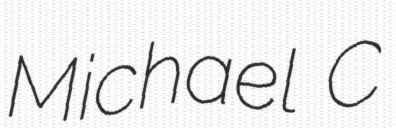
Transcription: Michael C